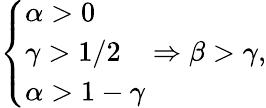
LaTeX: \begin{array}{r}{\left\{ \begin{array}{ll}{\alpha>0}\\ {\gamma>1/2}\\ {\alpha>1-\gamma}\end{array}\right.\Rightarrow\beta>\gamma,}\end{array}